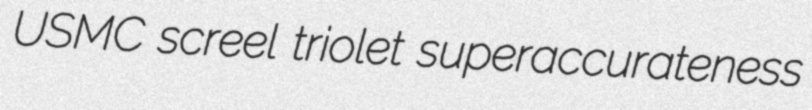
USMC screel triolet superaccurateness